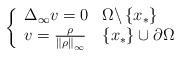
LaTeX: \begin{align*}\left\{\begin{array}[c]{ll}\Delta_{\infty}v=0 & \Omega\backslash\left\{ x_{\ast}\right\} \\v=\frac{\rho}{\left\Vert \rho\right\Vert _{\infty}} & \left\{x_{\ast}\right\} \cup\partial\Omega\end{array}\right. \end{align*}